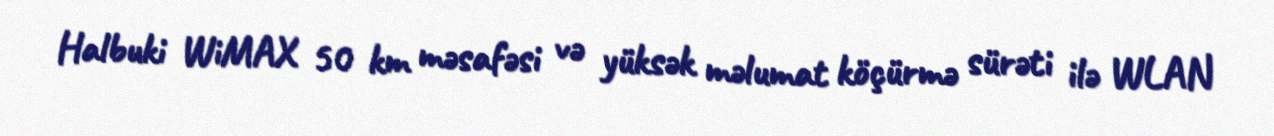
Halbuki WiMAX 50 km məsafəsi və yüksək məlumat köçürmə sürəti ilə WLAN